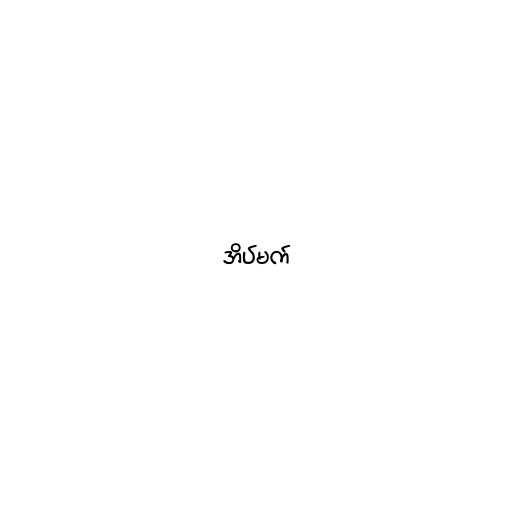
အိပ်မက်